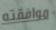
موافقته